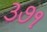
૩૭૧